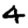
Digit: 4